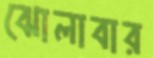
ঝোলাবার